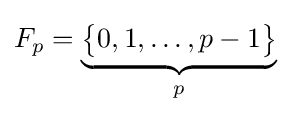
F_{p}=\underbrace {{\big \{}0,1,\ldots ,p-1{\big \}}} _{p}